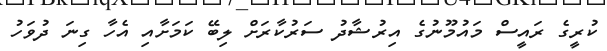
ކުރީގެ ރައީސް މައުމޫނުގެ އިރުޝާދު ސަރުކާރަށް ލިބޭ ކަމަށާއި އެހާ ގިނަ ދުވަހު